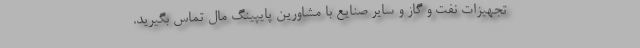
تجهیزات نفت و گاز و سایر صنایع با مشاورین پایپینگ مال تماس بگیرید.